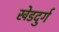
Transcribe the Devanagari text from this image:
खेडदुर्ग